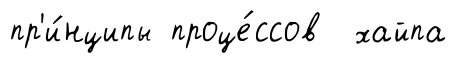
пр'и́нципы проце́ссов хайпа